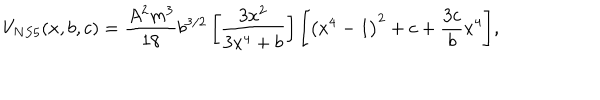
V _ { N S 5 } ( x , b , c ) = \frac { A ^ { 2 } m ^ { 3 } } { 1 8 } b ^ { 3 / 2 } \left[ \frac { 3 x ^ { 2 } } { 3 x ^ { 4 } + b } \right] \Biggl [ \left( x ^ { 4 } - 1 \right) ^ { 2 } + c + \frac { 3 c } { b } x ^ { 4 } \Biggr ] ,